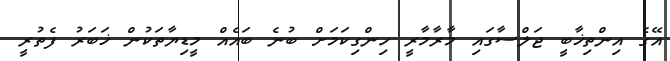
އޭގެ އިންތިޚާބީ ޖަލްސާގައި މާރާމާރީ ހިންގިކަމަށް ބުނެ ބައެއް މީޑިޔާތަކުން ޚަބަރު ފެތުރީ